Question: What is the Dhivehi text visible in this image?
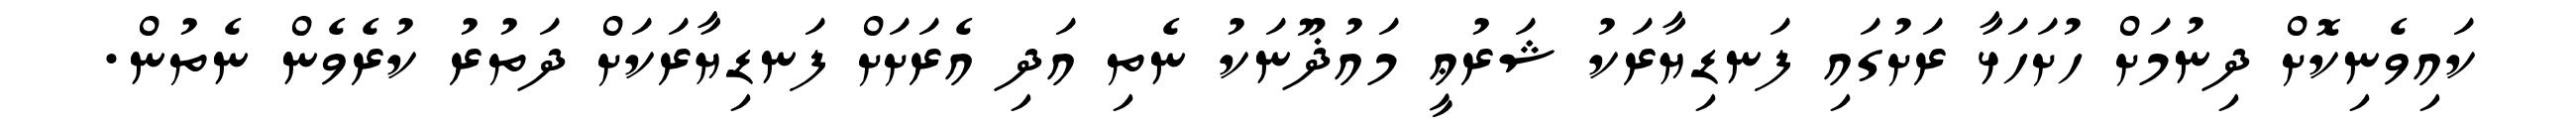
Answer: ކައިވެނިކޮށް ދިނުމަށް ހުށަހަޅާ ރަށުގައި ފަނޑިޔާރަކު ޝަރުޢީ މައުޛޫނަކު ނެތި އަދި އެރަށަށް ފަނޑިޔާރަކަށް ދަތުރު ކުރެވެން ނެތުން.